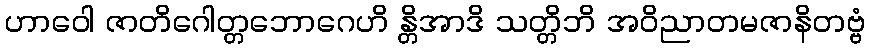
ဟာဝေါ ဇာတိဂေါတ္တဘောဂေဟိ န္တိအာဒိ သတ္တိဘိ အဝိညာတမဇာနိတဗ္ဗံ